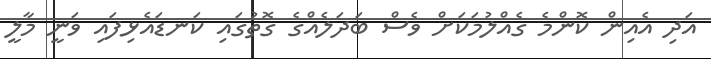
އަދި އެއިން ކޮންމެ ގެއްލުމަކަށް ވެސް ބަދަލެއްގެ ގޮތުގައި ކަނޑައެޅިފައި ވަނީ މާލީ